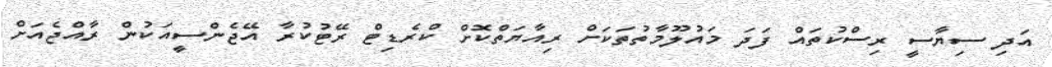
އަދި ސިޔާސީ ރިސްކުތައް ފަދަ މައުލޫމާތުތަކަށް ރިއާޔަތްކޮށް ކްރެޑިޓް ރޭޓުކުރާ އޭޖެންސީއަކުން ރާއްޖެއަށް